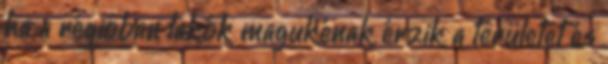
ha a régióban lakók magukénak érzik a területet és